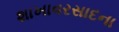
શાખાવરસાદના